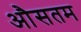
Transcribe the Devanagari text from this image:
औसतम